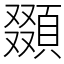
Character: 䫎